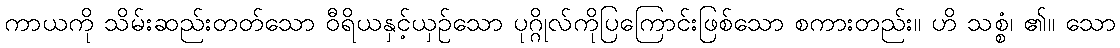
ကာယကို သိမ်းဆည်းတတ်သော ဝီရိယနှင့်ယှဉ်သော ပုဂ္ဂိုလ်ကိုပြကြောင်းဖြစ်သော စကားတည်း။ ဟိ သစ္စံ၊ ၏။ သော